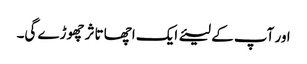
اور آپ کے لیئے ایک اچھا تاثر چھوڑے گی۔